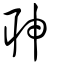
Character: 䎶